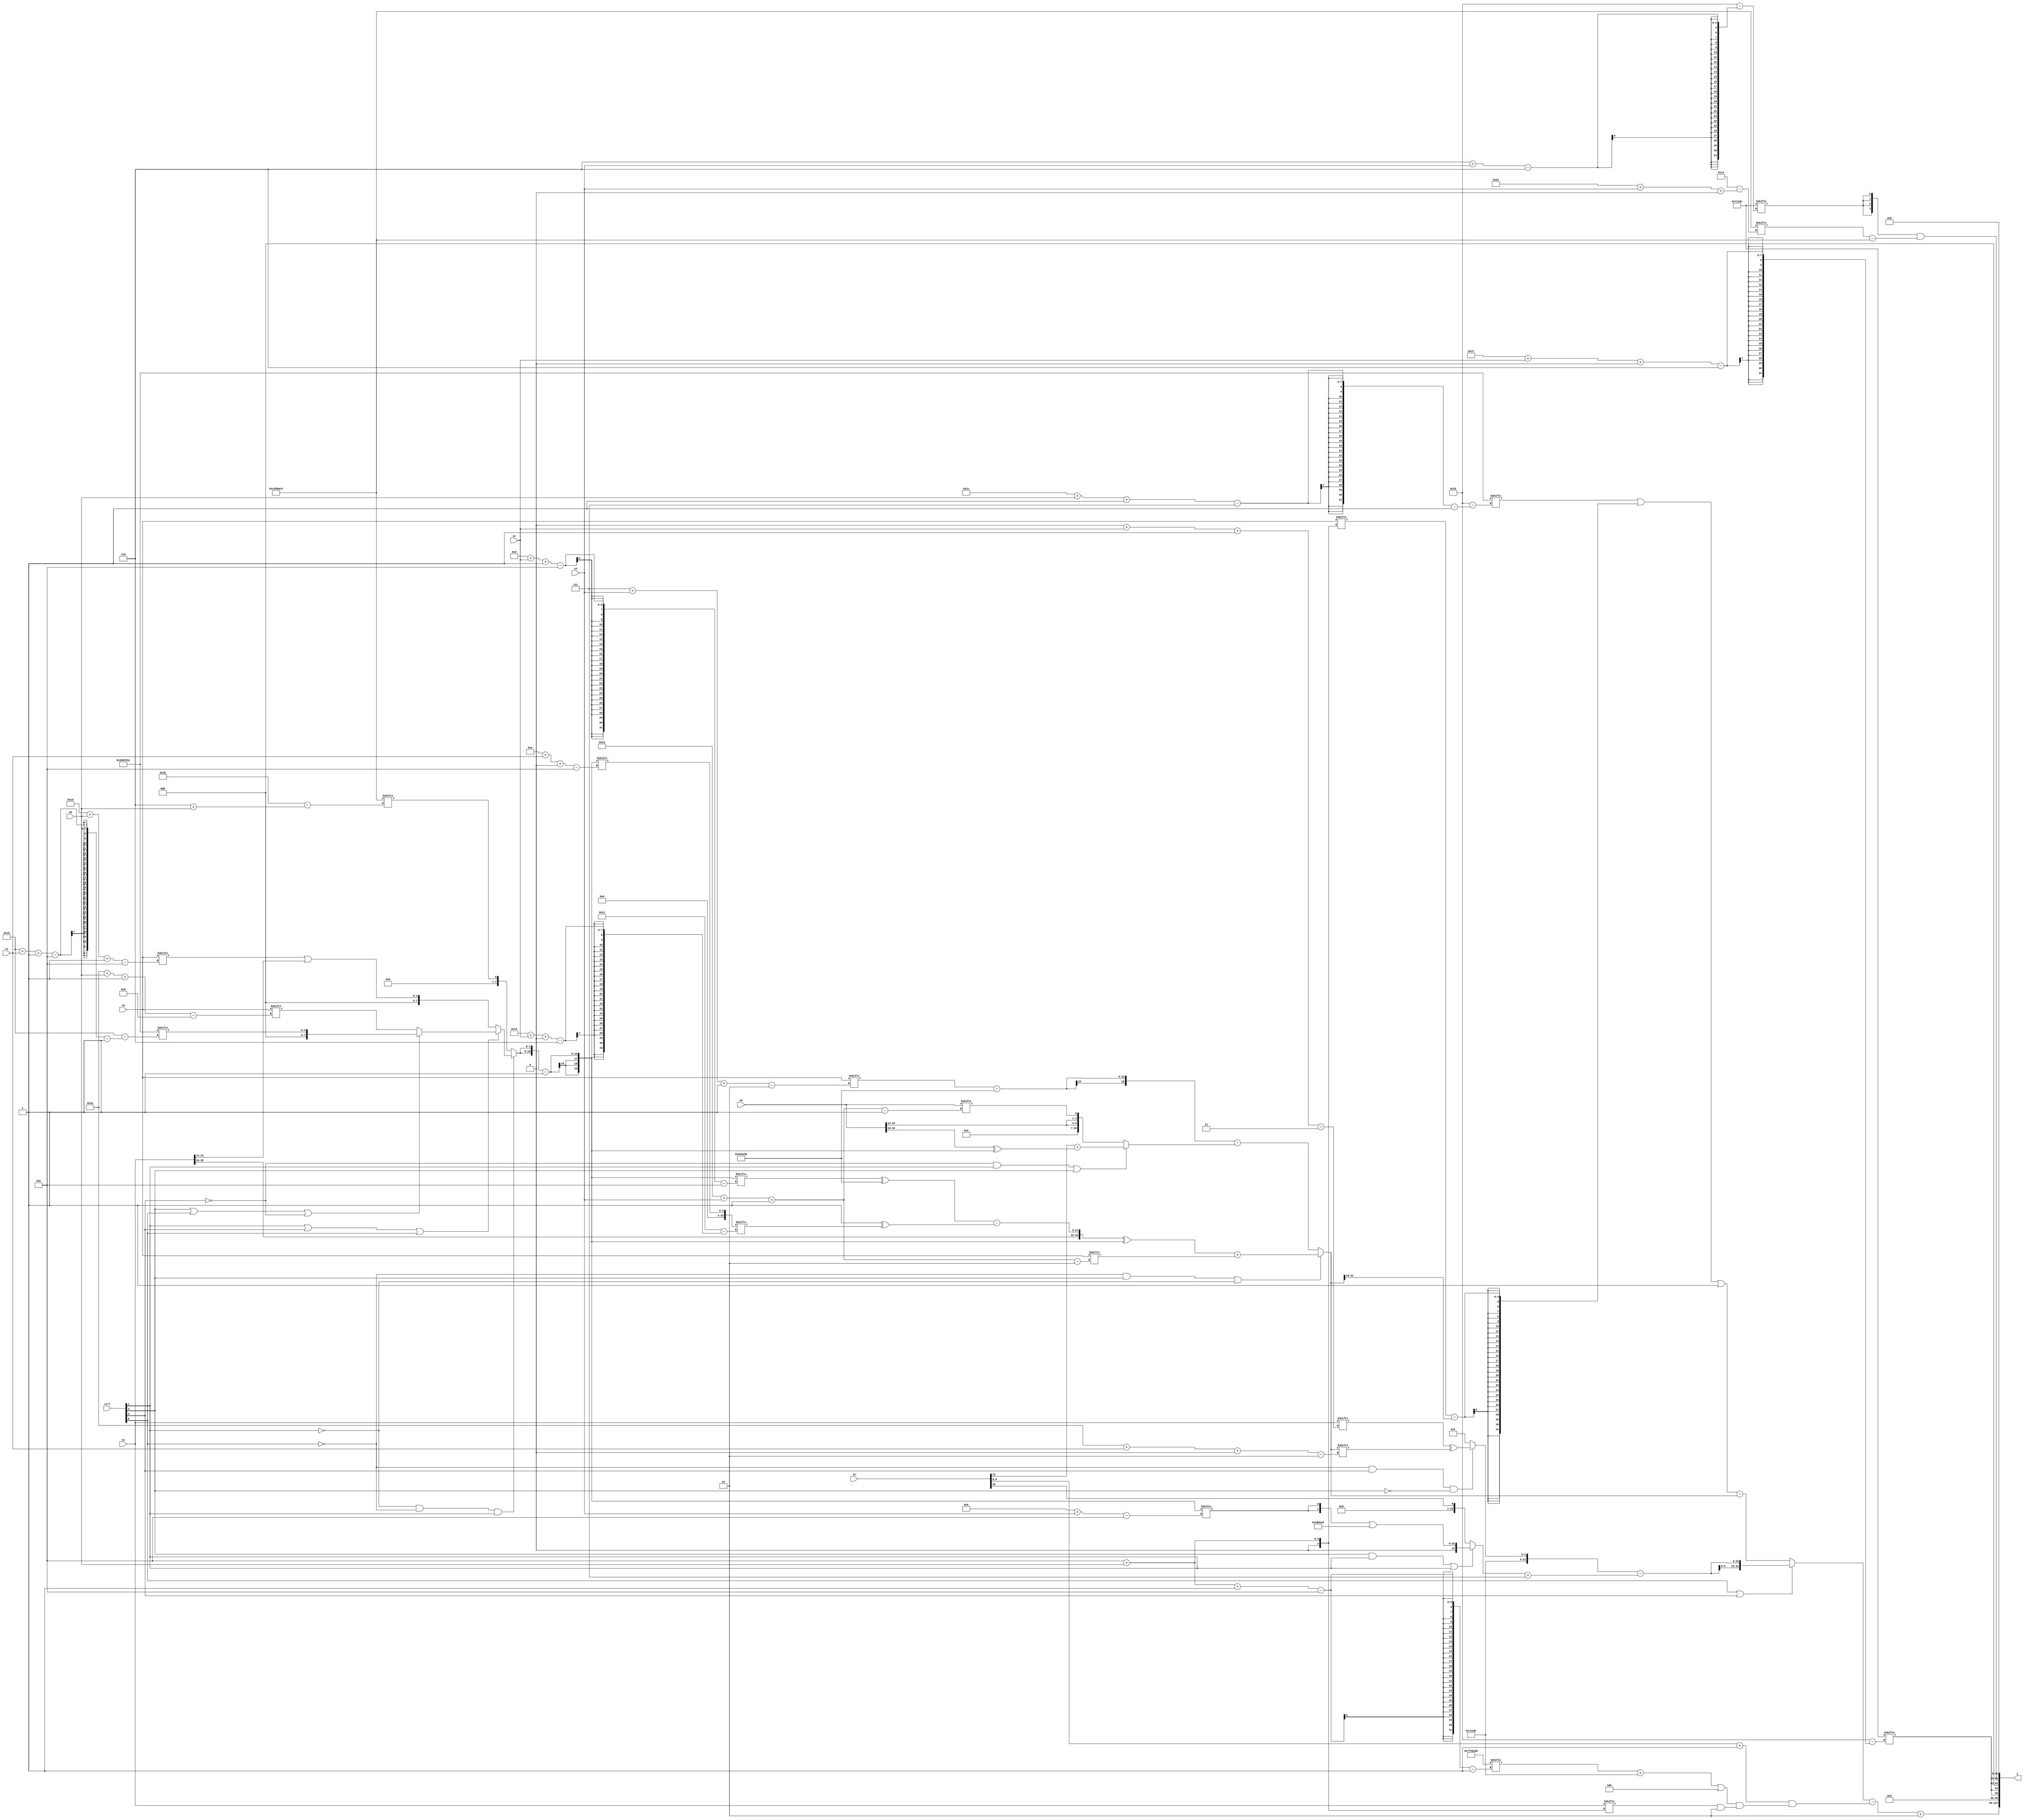
module partsel_00095(ctrl, s0, s1, s2, s3, x0, x1, x2, x3, y);
  input [3:0] ctrl;
  input [2:0] s0;
  input [2:0] s1;
  input [2:0] s2;
  input [2:0] s3;
  input [31:0] x0;
  input signed [31:0] x1;
  input [31:0] x2;
  input [31:0] x3;
  wire [24:5] x4;
  wire [6:28] x5;
  wire [25:2] x6;
  wire signed [27:2] x7;
  wire signed [7:29] x8;
  wire [6:28] x9;
  wire [30:4] x10;
  wire signed [27:1] x11;
  wire [1:26] x12;
  wire signed [28:2] x13;
  wire [24:0] x14;
  wire [7:27] x15;
  output [127:0] y;
  wire signed [31:0] y0;
  wire signed [31:0] y1;
  wire signed [31:0] y2;
  wire signed [31:0] y3;
  assign y = {y0,y1,y2,y3};
  localparam signed [7:28] p0 = 53688891;
  localparam signed [0:27] p1 = 740854470;
  localparam [6:28] p2 = 25629150;
  localparam [1:29] p3 = 56435038;
  assign x4 = ({2{(!ctrl[1] && !ctrl[0] && ctrl[1] ? (ctrl[1] || ctrl[2] || ctrl[0] ? (ctrl[3] || ctrl[0] || !ctrl[2] ? p3[24 + s1 -: 5] : x3[26 + s0 -: 8]) : (x3[29 + s0 -: 5] | x1[12 -: 2])) : p1[6 + s0])}} - p2[16 -: 1]);
  assign x5 = x4[14 + s1 +: 2];
  assign x6 = (!ctrl[0] && ctrl[3] || !ctrl[1] ? {2{(({x1[21 -: 3], ((x4[9 + s2 -: 5] ^ p0) - (p3[16 +: 1] ^ x5[19 + s2 +: 6]))} ^ x4) + x3[18 + s3 -: 2])}} : ((x3[7 + s3 -: 2] - p0) - (!ctrl[2] && ctrl[1] || ctrl[3] ? (x2[12] + (x0[20 -: 3] ^ x4)) : {{2{x0[14 +: 3]}}, x0[18 + s3 -: 1]})));
  assign x7 = p0;
  assign x8 = ({p0[16 -: 3], {p2, (!ctrl[0] && ctrl[2] && !ctrl[3] ? (x1[0 + s2 -: 3] ^ x6[26 + s1 +: 2]) : x7[13 +: 2])}} - ((ctrl[3] && ctrl[1] || ctrl[1] ? ({2{x4[10 + s3]}} | {2{p1}}) : x2[22 -: 1]) + x7[15 -: 3]));
  assign x9 = {2{p3[17 -: 4]}};
  assign x10 = {x7[17 +: 1], x6[17 +: 2]};
  assign x11 = p0;
  assign x12 = {2{p1}};
  assign x13 = x7[18 -: 4];
  assign x14 = (!ctrl[0] || ctrl[2] || ctrl[3] ? p1 : {2{({(ctrl[0] || ctrl[0] || !ctrl[1] ? x5[25 + s2 +: 8] : p1[18 + s1 -: 4]), (x1[10 + s2 -: 4] | p2[15])} + x1[20 + s2 +: 1])}});
  assign x15 = (({2{p3[28 + s0 -: 7]}} + x0[6 + s1]) | ({2{((p1 + p1[21 -: 2]) | (x12[18] ^ p0[29 + s1 -: 7]))}} | ((((p2[2 + s0 -: 4] ^ x0) ^ p3[12 -: 1]) | p1) | x11[15 -: 3])));
  assign y0 = (((ctrl[0] && ctrl[0] || ctrl[2] ? {x2[9 + s2], {2{x8}}} : (((p3[28 + s0 -: 7] | (x3[5 + s0] - x6[23 -: 4])) | p1[11 +: 2]) - x6)) - ((x2[8 +: 2] + x7[13]) & (((x11[5 + s0 -: 5] + p2) | p3[15 -: 3]) & (x1[5 + s0] & p0[18 -: 2])))) + p3[12 +: 3]);
  assign y1 = {2{p2[31 + s2 +: 1]}};
  assign y2 = {({2{{2{p2[6 + s3]}}}} & (p1[21 + s3 +: 8] - (ctrl[1] || !ctrl[1] || ctrl[3] ? p1 : (p2[12 -: 3] + x14[22 -: 3])))), p3[15 -: 1]};
  assign y3 = p1[13];
endmodule